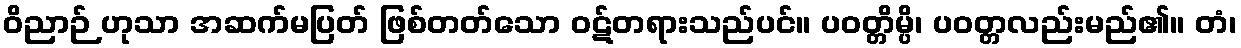
ဝိညာဉ် ဟုသာ အဆက်မပြတ် ဖြစ်တတ်သော ဝဋ်တရားသည်ပင်။ ပဝတ္တိမ္ပိ၊ ပဝတ္တလည်းမည်၏။ တံ၊